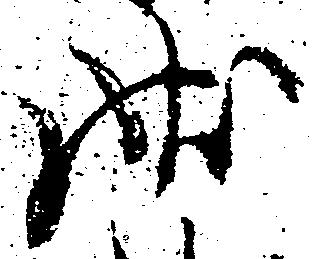
状